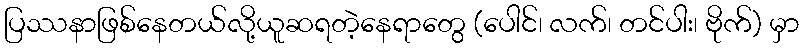
ပြဿနာဖြစ်နေတယ်လို့ယူဆရတဲ့နေရာတွေ (ပေါင်၊ လက်၊ တင်ပါး၊ ဗိုက်) မှာ